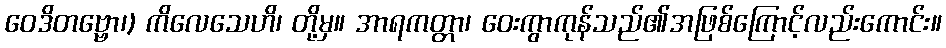
ဝေဒိတဗ္ဗော၊) ကိလေသေဟိ၊ တို့မှ။ အာရကတ္တာ၊ ဝေးကွာကုန်သည်၏အဖြစ်ကြောင့်လည်းကောင်း။